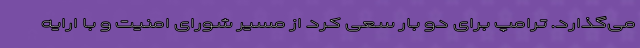
می‌گذارد. ترامپ برای دو بار سعی کرد از مسیر شورای امنیت و با ارایه